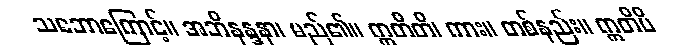
သဘောကြောင့်။ အဘိနန္ဒနာ၊ မည်၏။ ဣတီတိ၊ ကား။ တစ်နည်း။ ဣတိပိ